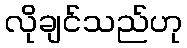
လိုချင်သည်ဟု